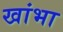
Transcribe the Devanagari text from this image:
खांभा